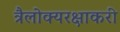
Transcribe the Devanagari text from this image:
त्रैलोक्यरक्षाकरी